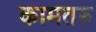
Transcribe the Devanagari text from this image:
कामतरु